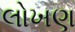
લોખણ